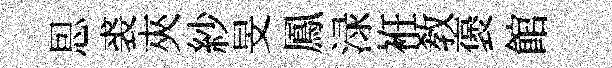
㤙裘夾紗旻鳳渌袵教褒館